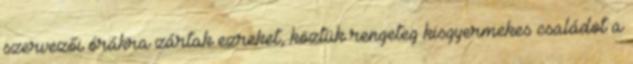
szervezői órákra zártak ezreket, köztük rengeteg kisgyermekes családot a